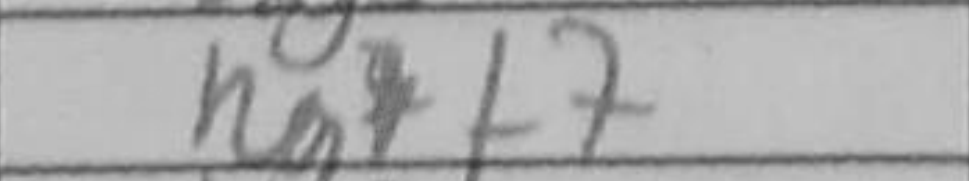
Transcription: Rgf7